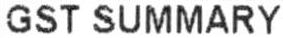
GST SUMMARY